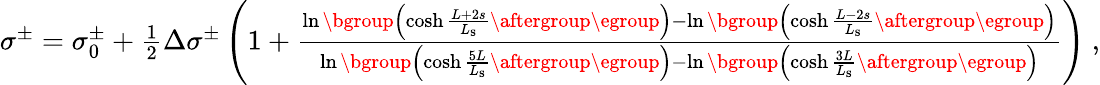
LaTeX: \begin{array}{r}{\sigma^{\pm}=\sigma_{0}^{\pm}+\frac{1}{2}\Delta\sigma^{\pm}\left(1+\frac{\ln{\mathopen{}\mathclose\bgroup\left(\cosh\frac{L+2s}{L_{\mathrm{s}}}\aftergroup\egroup\right)}-\ln{\mathopen{}\mathclose\bgroup\left(\cosh\frac{L-2s}{L_{\mathrm{s}}}\aftergroup\egroup\right)}}{\ln{\mathopen{}\mathclose\bgroup\left(\cosh\frac{5L}{L_{\mathrm{s}}}\aftergroup\egroup\right)}-\ln{\mathopen{}\mathclose\bgroup\left(\cosh\frac{3L}{L_{\mathrm{s}}}\aftergroup\egroup\right)}}\right)~,}\end{array}